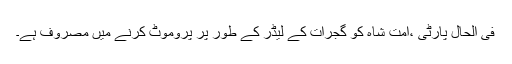
فی الحال پارٹی ،امت شاہ کو گجرات کے لیڈر کے طور پر پروموٹ کرنے میں مصروف ہے۔